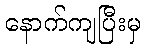
နောက်ကျပြီးမှ